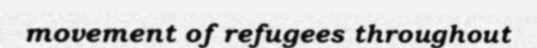
movement of refugees throughout